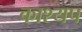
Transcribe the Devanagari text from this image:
काश्‍यप